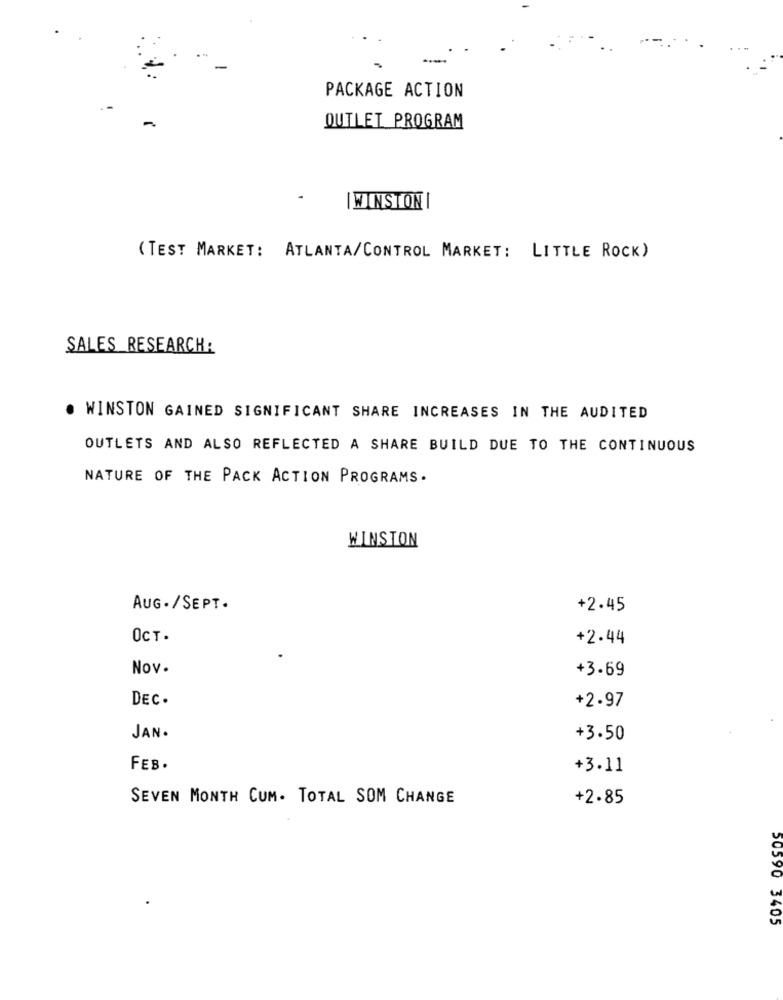
PACKAGE ACTION
-
OUTLET PROGRAM
| WINSTON |
(TEST MARKET: ATLANTA/CONTROL MARKET: LITTLE ROCK)
SALES RESEARCH:
. WINSTON GAINED SIGNIFICANT SHARE INCREASES IN THE AUDITED
OUTLETS AND ALSO REFLECTED A SHARE BUILD DUE TO THE CONTINUOUS
NATURE OF THE PACK ACTION PROGRAMS.
WINSTON
AUG ./SEPT.
+2.45
OCT.
+2.44
Nov.
+3.69
DEC.
+2.97
JAN .
+3.50
FEB.
+3.11
SEVEN MONTH CUM. TOTAL SOM CHANGE
+2.85
50590 3405